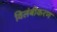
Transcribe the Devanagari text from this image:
विलंबीकरण